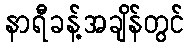
နာရီခန့်အချိန်တွင်